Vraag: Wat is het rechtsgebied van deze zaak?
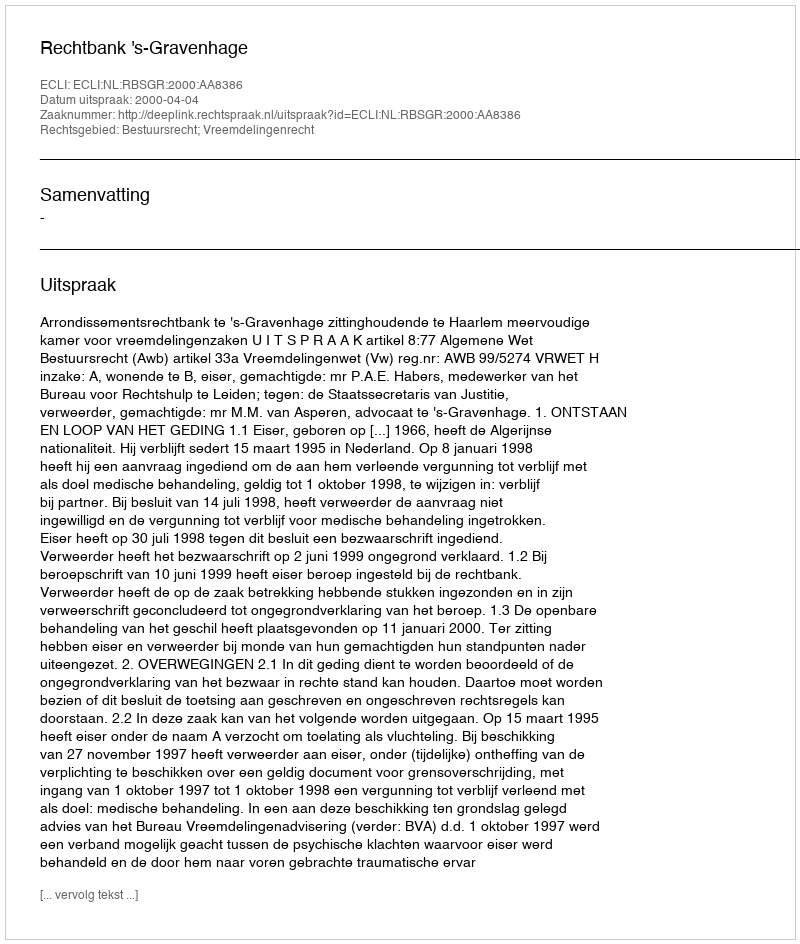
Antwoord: Bestuursrecht; Vreemdelingenrecht